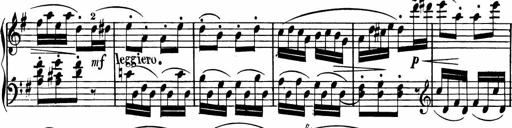
Title: Rosen ohne Dornen
Composer: Gustav Lange